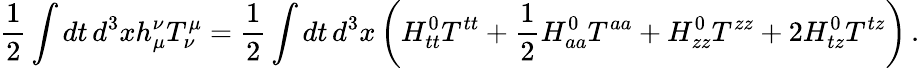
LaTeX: \frac{1}{2}\int dt\, d^{3}xh_{\mu}^{\nu}T_{\nu}^{\mu}=\frac{1}{2}\int dt\, d^{3}x\left(H_{tt}^{0}T^{tt}+\frac{1}{2}H_{aa}^{0}T^{aa}+H_{zz}^{0}T^{zz}+2H_{tz}^{0}T^{tz}\right)\, .